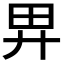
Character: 𢌿